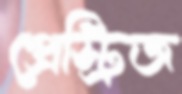
প্রেস্ট্রিজ